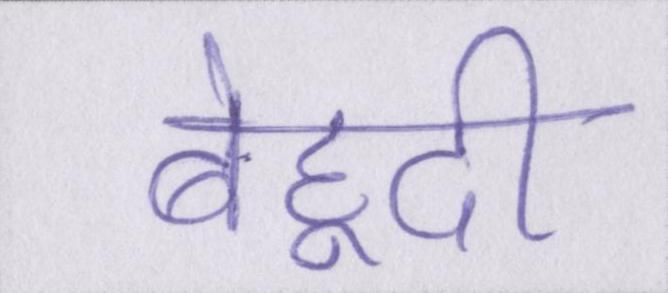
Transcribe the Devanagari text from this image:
बेहूदी